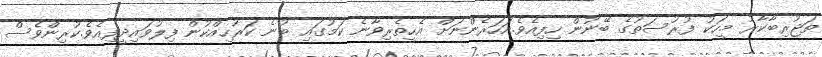
ތަޖުރިބާކާރު މީހަކު ފުރުސަތުގެ ބޭނުން ހިފިއެވެ.އަހަރެންނަށް އެހީތެރިވާނެ ކަމުގައި ބުނެ ކަރުހިއްކުން ފިލުވައިދީފިއެވެ.ކުރިންވެސް